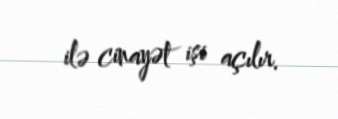
ilə cinayət işi açılır.